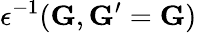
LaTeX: \epsilon^{-1}(\mathbf{G},\mathbf{G}^{\prime}=\mathbf{G})